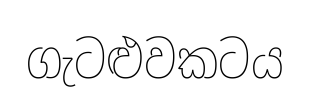
ගැටළුවකටය